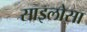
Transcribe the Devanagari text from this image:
साइलोसा